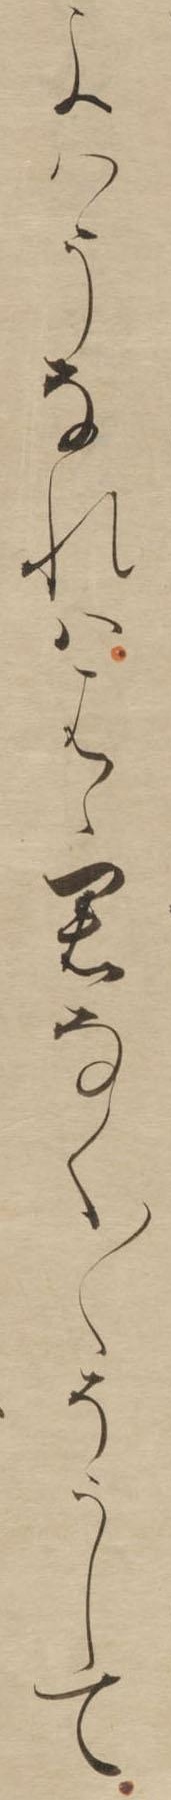
よはうなれははゝ君なく〱そうして